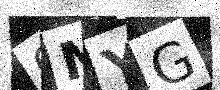
Text: CMYG